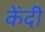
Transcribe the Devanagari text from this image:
केंदी